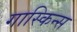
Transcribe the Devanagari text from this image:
गास्किन्स